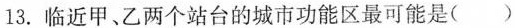
13. 临近甲、乙两个站台的城市功能区最可能是( )